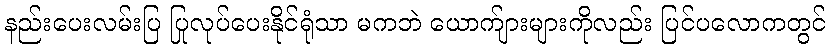
နည်းပေးလမ်းပြ ပြုလုပ်ပေးနိုင်ရုံသာ မကဘဲ ယောက်ျားများကိုလည်း ပြင်ပလောကတွင်